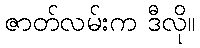
ဇာတ်လမ်းက ဒီလို။